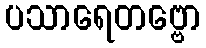
ပသာရေတဗ္ဗော